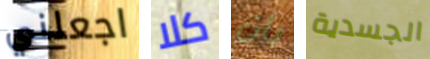
اجعلني كلا بأن الجسدية